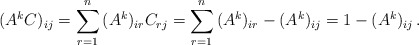
\begin{align*}(A^k C)_{ij} = \sum\limits_{r = 1}^n {(A^k )_{ir} C_{rj} } = \sum\limits_{r = 1}^n {(A^k )_{ir} } - (A^k )_{ij}= 1 - (A^k )_{ij}\,.\end{align*}